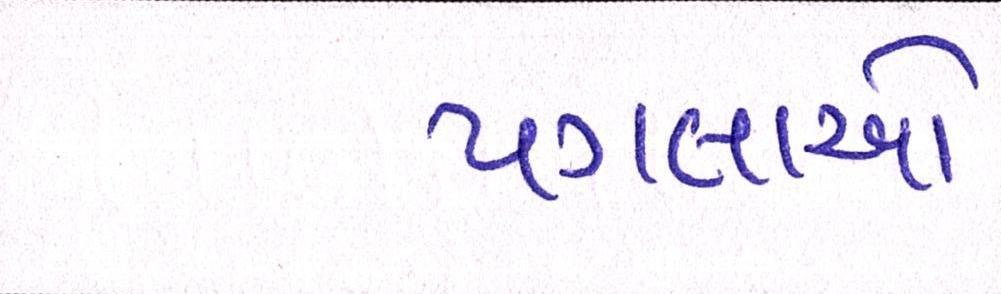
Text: પગલાઓ